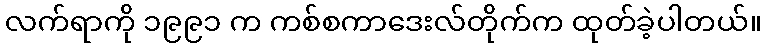
လက်ရာကို ၁၉၉၁ က ကစ်စကာဒေးလ်တိုက်က ထုတ်ခဲ့ပါတယ်။